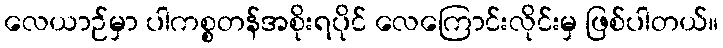
လေယာဉ်မှာ ပါကစ္စတန်အစိုးရပိုင် လေကြောင်းလိုင်းမှ ဖြစ်ပါတယ်။